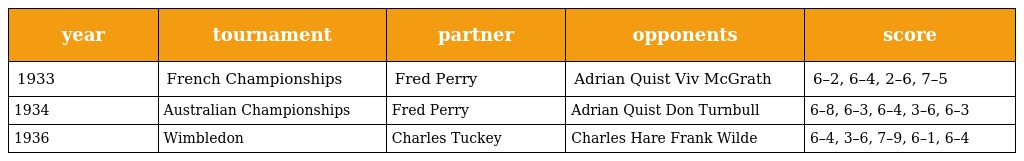
| year | tournament | partner | opponents | score |
 | --- | --- | --- | --- | --- |
 | 1933 | French Championships | Fred Perry | Adrian Quist Viv McGrath | 6–2, 6–4, 2–6, 7–5 |
 | 1934 | Australian Championships | Fred Perry | Adrian Quist Don Turnbull | 6–8, 6–3, 6–4, 3–6, 6–3 |
 | 1936 | Wimbledon | Charles Tuckey | Charles Hare Frank Wilde | 6–4, 3–6, 7–9, 6–1, 6–4 |